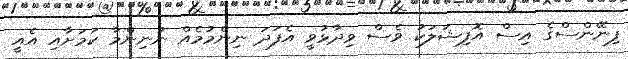
ފިނޭންސްގެ އިސް އޮފިޝަލަކު ވެސް ވިދާޅުވީ އެފަދަ ނިންމުމެއް ނުނިންމާ ކަމަށާއި އެއީ